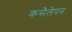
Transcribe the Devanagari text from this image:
कसैलेपन